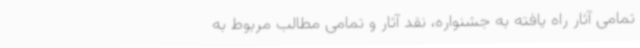
تمامی آثار راه یافته به جشنواره، نقد آثار و تمامی مطالب مربوط به